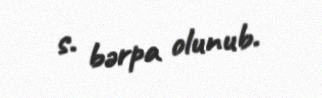
s. bərpa olunub.